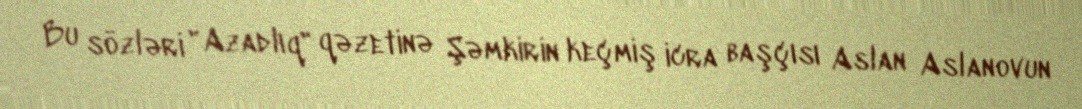
Bu sözləri "Azadlıq" qəzetinə Şəmkirin keçmiş icra başçısı Aslan Aslanovun